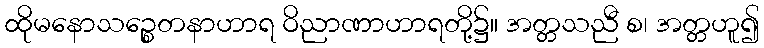
ထိုမနောသဉ္စေတနာဟာရ ဝိညာဏာဟာရတို့၌။ အတ္တသညီ စ၊ အတ္တဟူ၍